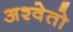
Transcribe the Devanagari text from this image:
अश्वेतो